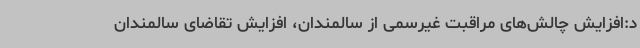
د:افزایش چالش‌های مراقبت غیرسمی از سالمندان، افزایش تقاضای سالمندان